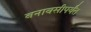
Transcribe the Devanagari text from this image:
बनावसीपर्यंत